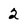
Character: 2